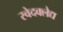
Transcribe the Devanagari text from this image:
स्वेदक्लेद्य